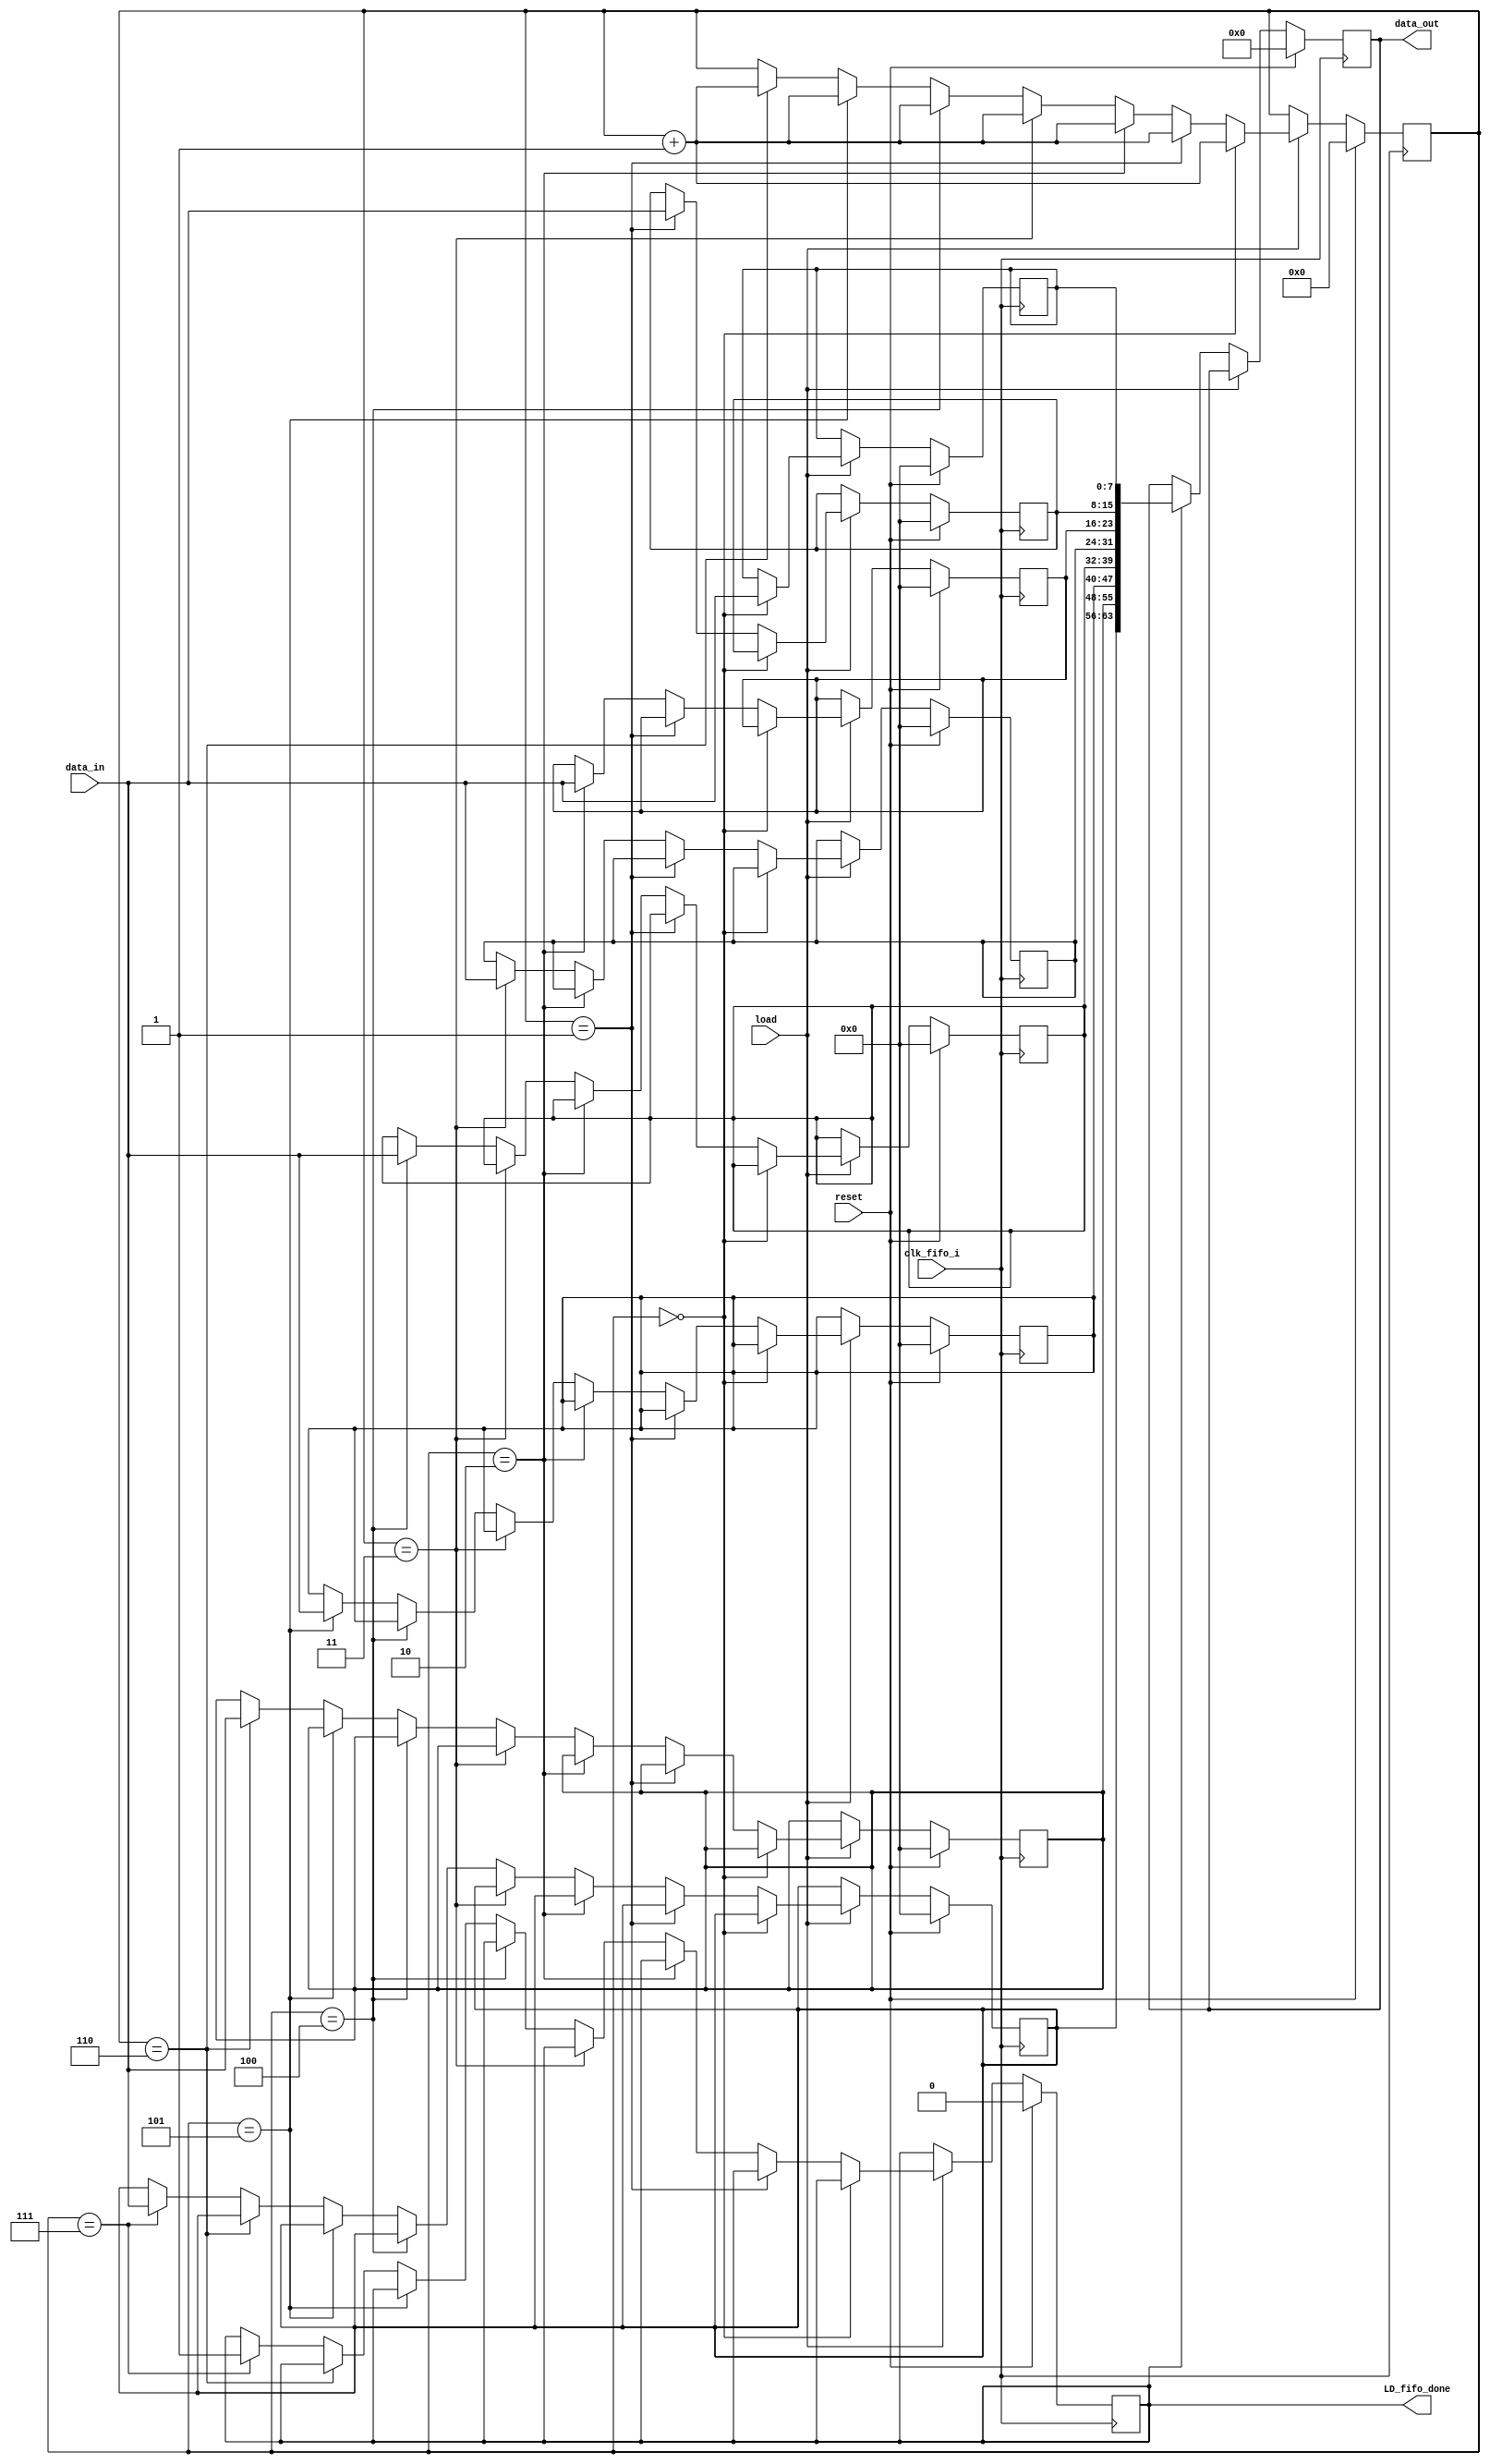
module fifo_write(clk_fifo_i, reset, load, data_in, LD_fifo_done, data_out);
input clk_fifo_i, reset, load;
input [7:0] data_in;
output LD_fifo_done;
output [63:0] data_out;

// 8 bytes
reg [7:0] fifo0;
reg [7:0] fifo1;
reg [7:0] fifo2;
reg [7:0] fifo3;
reg [7:0] fifo4;
reg [7:0] fifo5;
reg [7:0] fifo6;
reg [7:0] fifo7; 

reg [3:0] wrptr; // wirte-pointer

reg [63:0] data_out_temp;
reg r_LD_done;

always @ (posedge clk_fifo_i)
	begin
		if (reset)
			begin
				fifo0 = 8'h00;
				fifo1 = 8'h00;
				fifo2 = 8'h00;
				fifo3 = 8'h00;
				fifo4 = 8'h00;
				fifo5 = 8'h00;
				fifo6 = 8'h00;
				fifo7 = 8'h00;
	
				wrptr = 4'b0000;
				data_out_temp = 64'h00000000;
				r_LD_done = 0;
			end
  		else
  			begin
  				if (load)
  					begin
  						if (wrptr == 4'b0000) //(wrptr == 4'b0000)//
  							begin
								fifo0 <= data_in;
								wrptr <= wrptr + 1;
							end	
						else if (wrptr == 4'b0001) //(wrptr == 4'b0001)//
							begin               
								fifo1 <= data_in;
								wrptr <= wrptr + 1;
							end
						else if (wrptr == 4'b0010) //(wrptr == 4'b0010)//
							begin               
								fifo2 <= data_in;
								wrptr <= wrptr + 1;
							end
						else if (wrptr == 4'b0011) //(wrptr == 4'b0011)//
							begin               
								fifo3 <= data_in;
								wrptr <= wrptr + 1;
							end			
						else if (wrptr == 4'b0100) //(wrptr == 4'b0100)//
							begin               
								fifo4 <= data_in;
								wrptr <= wrptr + 1;
							end
						else if (wrptr == 4'b0101) //(wrptr == 4'b0101)//
							begin               
								fifo5 <= data_in;
								wrptr <= wrptr + 1;
							end
						else if (wrptr == 4'b0110) //(wrptr == 4'b0110)//
							begin               
								fifo6 <= data_in;
								wrptr <= wrptr + 1;
							end
						else if (wrptr == 4'b0111) //(wrptr == 4'b0111)//
							begin               
								fifo7 <= data_in;
								r_LD_done <= 1;
							end
						else //(wrptr == 4'b1000)
							begin
								wrptr <= wrptr;
								fifo0 <= fifo0;
								fifo1 <= fifo1;
								fifo2 <= fifo2;
								fifo3 <= fifo3;
								fifo4 <= fifo4;
								fifo5 <= fifo5;
								fifo6 <= fifo6;
								fifo7 <= fifo7;			 			 
							end 
					end
				else
					begin
						if (r_LD_done)
						//wrptr = 4'b0000;
							data_out_temp = {fifo7, fifo6, fifo5, fifo4, fifo3, fifo2, fifo1, fifo0};
						//data_out_temp = 64'h00000000;
						//r_LD_done = 0;
						else
							data_out_temp = data_out_temp;
							
					end
			end				 
	end 				 

assign LD_fifo_done = r_LD_done;
assign data_out = data_out_temp;


endmodule